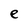
Character: e